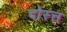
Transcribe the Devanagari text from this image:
दोस्त्त